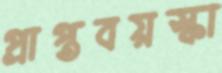
প্রাপ্তবয়স্কা